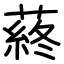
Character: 蔠